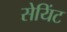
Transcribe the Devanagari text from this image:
सेयिंट